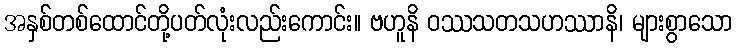
အနှစ်တစ်ထောင်တို့ပတ်လုံးလည်းကောင်း။ ဗဟူနိ ဝဿသတသဟဿာနိ၊ များစွာသော